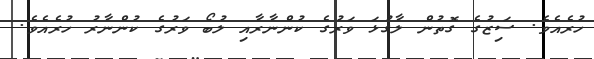
ހުރެއެވެ. ސަިޒުގެ ގޮތުން ލާގުޅަ ވަރުގެ ކުންނާރާއި ލުބޯ ވަރުގެ ކުންނާރު ހުރެއެވެ.